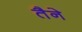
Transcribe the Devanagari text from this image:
तैने